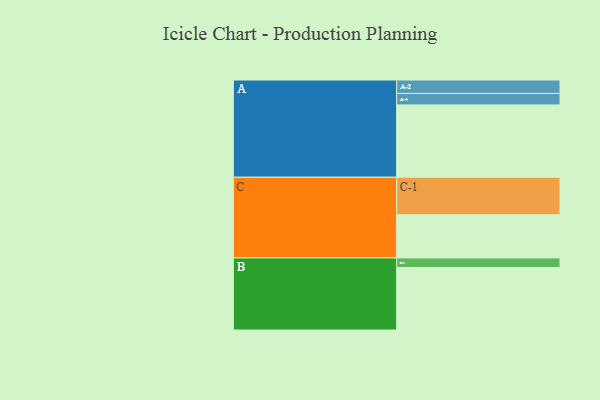
{"axis": {"x": "Segment", "y": "Value"}, "legend": ["", "A", "B", "C"], "data": [{"x": "A", "y": 549, "type": ""}, {"x": "B", "y": 474, "type": ""}, {"x": "C", "y": 327, "type": ""}, {"x": "A-1", "y": 87, "type": "A"}, {"x": "A-2", "y": 102, "type": "A"}, {"x": "B-1", "y": 73, "type": "B"}, {"x": "C-1", "y": 285, "type": "C"}]}